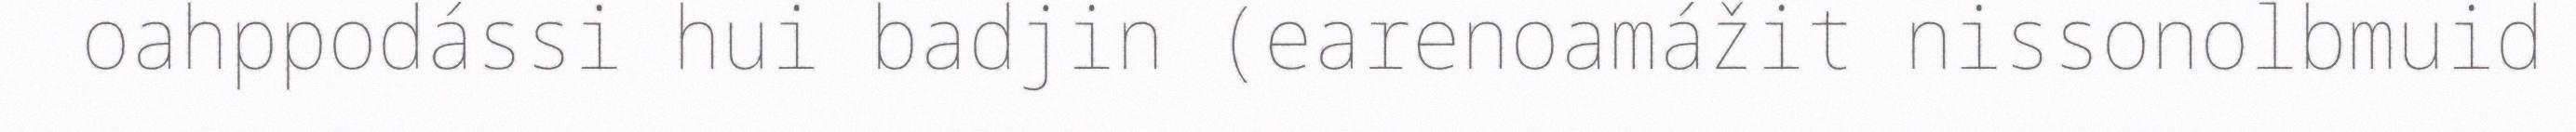
oahppodássi hui badjin (earenoamážit nissonolbmuid